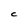
Character: C